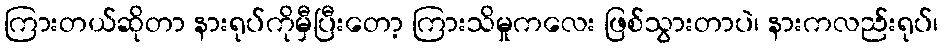
ကြားတယ်ဆိုတာ နားရုပ်ကိုမှီပြီးတော့ ကြားသိမှုကလေး ဖြစ်သွားတာပဲ၊ နားကလည်းရုပ်၊